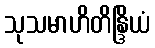
သုသမာဟိတိန္ဒြိယံ